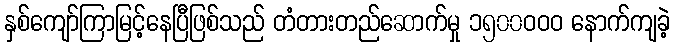
နှစ်ကျော်ကြာမြင့်နေပြီဖြစ်သည် တံတားတည်ဆောက်မှု ၁၅၀၀ဝဝဝ နောက်ကျခဲ့